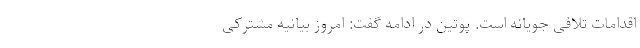
اقدامات تلافی جویانه است. پوتین در ادامه گفت: امروز بیانیه مشترکی